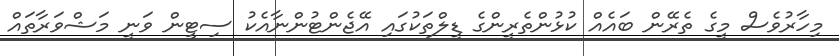
މިހާރުވެސް މީގެ ތެރޭން ބައެއް ކުޅުންތެރީންގެ ޑީލްތަކުގައި އޭޖެންޓުންނާއެކު ސިޓީން ވަނީ މަޝްވަރާތައް